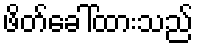
ဖိတ်ခေါ်ထားသည်